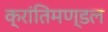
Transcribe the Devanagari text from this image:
क्रांतिमण्डल